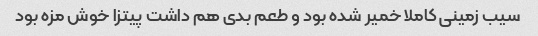
سیب زمینی کاملا خمیر شده بود و طعم بدی هم داشت پیتزا خوش مزه بود